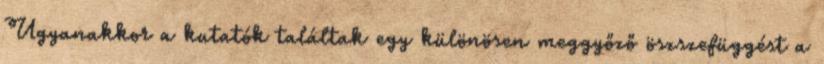
Ugyanakkor a kutatók találtak egy különösen meggyőző öszszefüggést a